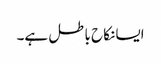
ایسا نکاح باطل ہے۔